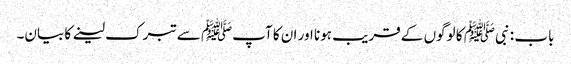
باب : نبیﷺ کا لوگوں کے قریب ہونا اور ان کا آپﷺ سے تبرک لینے کا بیان۔